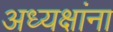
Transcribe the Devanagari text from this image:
अध्यक्षांना